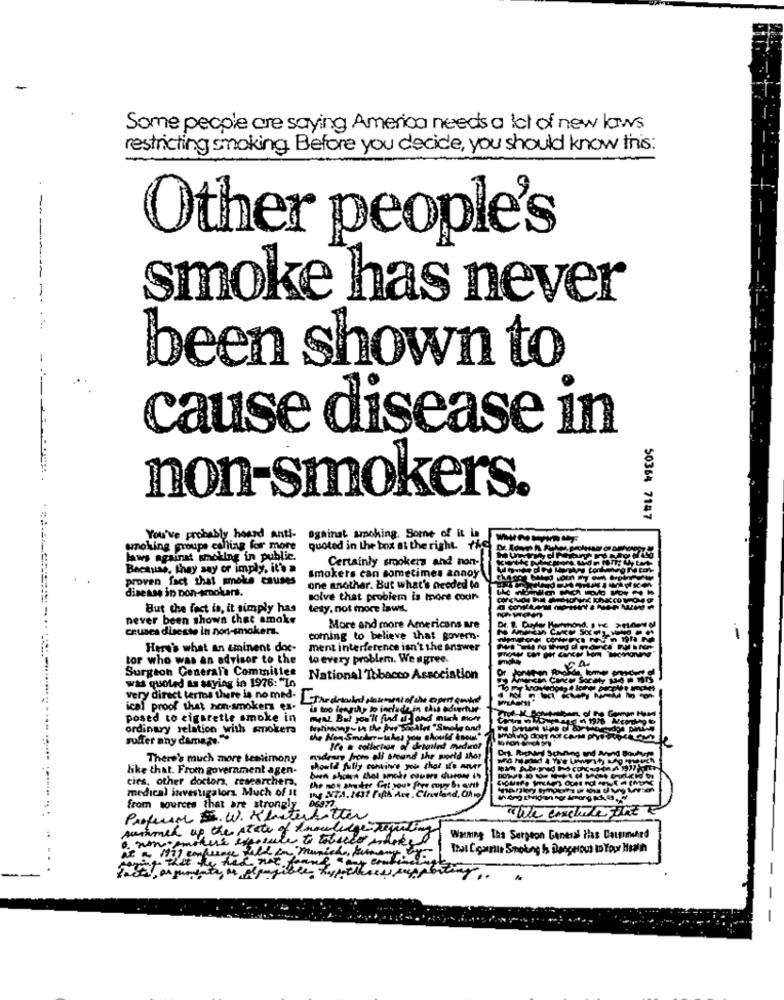
Some people are saying America needs a lot of new laws
restricting smoking Before you decide, you should know this:
Other people's
smoke has never
been shown to
cause disease in
non-smokers.
50364 7147
You've probably heard anti-
against smoking. Some of it is
smoking groupe calling for more
quoted in the box at the right. +h
laws against sholing in public.
Certainly smokers and non-
Because, They say or imply, it's a
proven fact that smoke causes
smokers can sometimes tanoy
disease in non-smokers.
one another. But what's needed to
solve that problem is more cour
But che fest is, it simply has
tesy, not more laws,
never been shown that amake
crusca diseste in non-smokers.
More and more Americans are
coming to believe that govern-
Here's what an eminent doc-
ment interference isn't the answer
tor who was an advisor to the
to every problem. We agree.
Surgeon Generali Commilies
Or
was quoted ta saying in 1976: "Io
National Tobacco Association
very direct termos there is no med. Thedradd sampaio che expert coulis
ical proof that non-smokers es-
is too lengthy to include.in this adiertue-
posed to cigarette smoke in
mynt But you'll find il and nich Biofr
ordinary relation with smokera
suffer any damage."
M-ron
No & collection of detoilnd medien!
There's much more testimony
nadrar from all around the world iho!
like that. From government agen-
should fully continve you that I'e aver
cies, other doctorz, researchers,
been shown that amade couere disease is
medical investigators. Much of it
the STA.1431 fifth Ave . Cineland, Chro
from sources that are strongly
We include Fine
Professor S. W. Kleuterbetter
suchmed up the state of knowledge tegen
e nonsemakers especula to tobacco marke
Warming The Surgeon General Hlas Datsimted
007 confusage feld in Munich, frites
That Counts Smoking h Dangerous ID Your Hooth
Beans
Fact, argumenta de plausible hypotheses